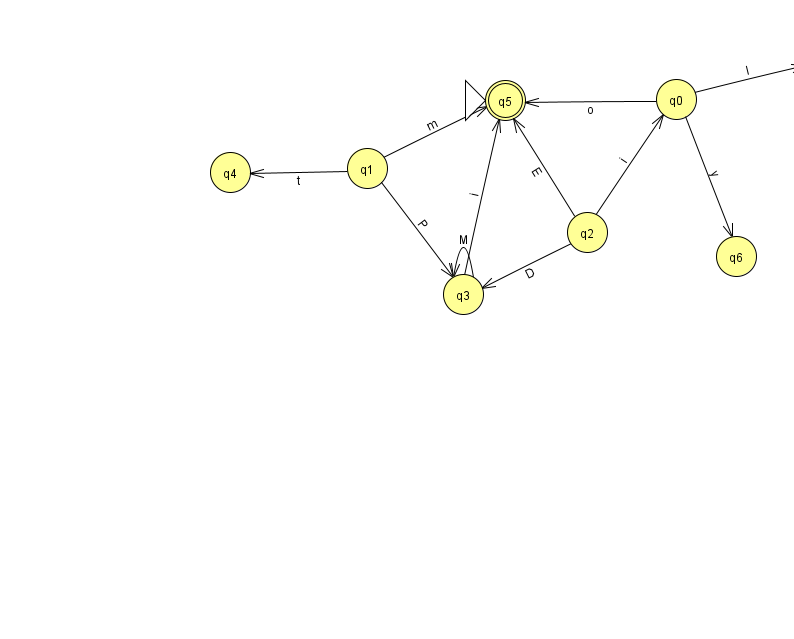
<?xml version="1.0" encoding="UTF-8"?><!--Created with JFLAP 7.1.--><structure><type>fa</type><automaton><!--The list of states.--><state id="0" name="q0"><x>676.0</x><y>86.0</y></state><state id="1" name="q1"><x>367.0</x><y>155.0</y></state><state id="2" name="q2"><x>587.0</x><y>219.0</y></state><state id="3" name="q3"><x>463.0</x><y>281.0</y></state><state id="4" name="q4"><x>230.0</x><y>159.0</y></state><state id="5" name="q5"><x>505.0</x><y>87.0</y><initial/><final/></state><state id="6" name="q6"><x>736.0</x><y>243.0</y></state><state id="7" name="q7"><x>824.0</x><y>50.0</y></state><!--The list of transitions.--><transition><from>1</from><to>5</to><read>m</read></transition><transition><from>1</from><to>3</to><read>P</read></transition><transition><from>1</from><to>4</to><read>t</read></transition><transition><from>2</from><to>0</to><read>i</read></transition><transition><from>2</from><to>3</to><read>D</read></transition><transition><from>3</from><to>5</to><read>i</read></transition><transition><from>0</from><to>5</to><read>o</read></transition><transition><from>2</from><to>5</to><read>E</read></transition><transition><from>0</from><to>7</to><read>I</read></transition><transition><from>0</from><to>6</to><read>y</read></transition><transition><from>3</from><to>3</to><read>M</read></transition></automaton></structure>